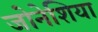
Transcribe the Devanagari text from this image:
जोनेशिया